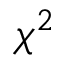
\chi ^ { 2 }